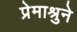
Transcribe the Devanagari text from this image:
प्रेमाश्रुने